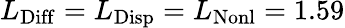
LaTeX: L_{\mathrm{Diff}}=L_{\mathrm{Disp}}=L_{\mathrm{Nonl}}=1.59